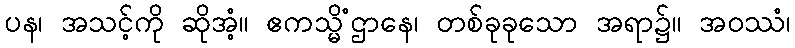
ပန၊ အသင့်ကို ဆိုအံ့။ ဧကသ္မိံဌာနေ၊ တစ်ခုခုသော အရာ၌။ အဝဿံ၊